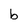
Character: b